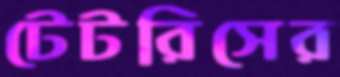
টেটরিসের